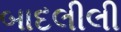
બાદલીલી